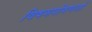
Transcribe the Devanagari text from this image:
विषमपोषणजों